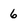
Character: 6